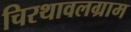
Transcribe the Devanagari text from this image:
चिरथावलग्राम